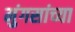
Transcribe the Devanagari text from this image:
मुंगसांच्या